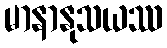
မာနာနုသယဿ